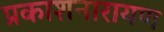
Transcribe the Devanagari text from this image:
प्रकाशनारायण